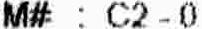
M# : C2 - 0